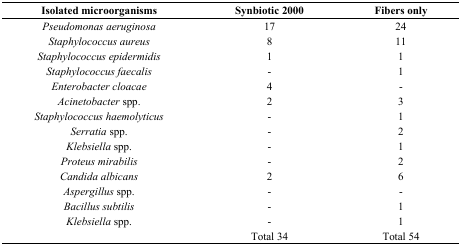
<table><thead><tr><td><b>Isolated microorganisms</b></td><td><b>Synbiotic 2000</b></td><td><b>Fibers only</b></td></tr></thead><tbody><tr><td><i>Pseudomonas aeruginosa</i></td><td>17</td><td>24</td></tr><tr><td><i>Staphylococcus aureus</i></td><td>8</td><td>11</td></tr><tr><td><i>Staphylococcus epidermidis</i></td><td>1</td><td>1</td></tr><tr><td><i>Staphylococcus faecalis</i></td><td>-</td><td>1</td></tr><tr><td><i>Enterobacter cloacae</i></td><td>4</td><td>-</td></tr><tr><td><i>Acinetobacter </i>spp.</td><td>2</td><td>3</td></tr><tr><td><i>Staphylococcus haemolyticus</i></td><td>-</td><td>1</td></tr><tr><td><i>Serratia</i> spp.</td><td>-</td><td>2</td></tr><tr><td><i>Klebsiella</i> spp.</td><td>-</td><td>1</td></tr><tr><td><i>Proteus mirabilis</i></td><td>-</td><td>2</td></tr><tr><td><i>Candida albicans</i></td><td>2</td><td>6</td></tr><tr><td><i>Aspergillus </i>spp.</td><td>-</td><td>-</td></tr><tr><td><i>Bacillus subtilis</i></td><td>-</td><td>1</td></tr><tr><td><i>Klebsiella</i> spp.</td><td>-</td><td>1</td></tr><tr><td></td><td>Total 34</td><td>Total 54</td></tr></tbody></table>